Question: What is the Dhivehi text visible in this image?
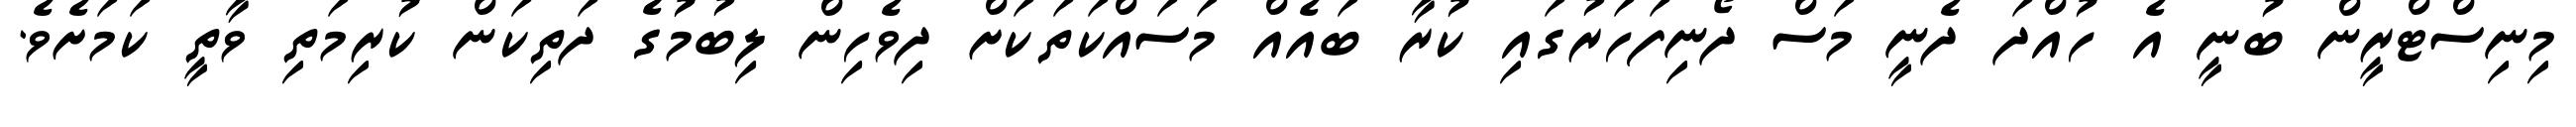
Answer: މިނިސްޓްރީން ބުނީ އެ ހުއްދަ ދެނީ މަސް ދޯނިފަހަރުގައި ކުރާ ބައެއް މަސައްކަތަކަށް ދިވެހިން ލިބުމުގެ ދަތިކަން ކުރިމަތި ވާތީ ކަމަށެވެ.